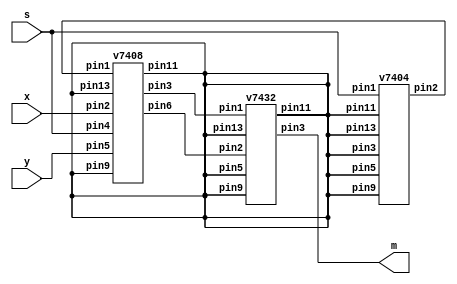
`timescale 1ns / 1ns // `timescale time_unit/time_precision

module mux2to1(x, y, s, m);
	input x; //select 0
    input y; //select 1
    input s; //select signal
    output m; //output
	 
	 wire w0, w1, w2;
	 
	 v7404 u0(s,,,,,,w0,,,,,);
	 v7408 u1(w0,w1,y,,,,x,s,w2,,,);
	 v7432 u2(w1,m,,,,,w2,,,,,);

endmodule

module v7404 (pin1, pin3, pin5, pin9, pin11, pin13, pin2, pin4, pin6, pin8,
pin10, pin12);
	input pin1, pin3, pin5, pin9, pin11, pin13;
	output pin2, pin4, pin6, pin8, pin10, pin12;
	
	assign pin2 = ~pin1;
	assign pin4 = ~pin3;
	assign pin6 = ~pin5;
	assign pin8 = ~pin9;
	assign pin10 = ~pin11;
	assign pin12 = ~pin13;

endmodule

module v7408 (pin1, pin3, pin5, pin9, pin11, pin13, pin2, pin4, pin6, pin8,
pin10, pin12);
	input pin1, pin2, pin4, pin5, pin9, pin10, pin12, pin13;
	output pin3, pin6, pin11, pin8;
	
	assign pin3 = pin1 & pin2;
	assign pin6 = pin4 & pin5;
	assign pin11 = pin12 & pin13;
	assign pin8 = pin9 & pin10;
	
endmodule

module v7432 (pin1, pin3, pin5, pin9, pin11, pin13, pin2, pin4, pin6, pin8,
pin10, pin12);
	input pin1, pin2, pin4, pin5, pin9, pin10, pin12, pin13;
	output pin3, pin6, pin11, pin8;
	
	assign pin3 = pin1 | pin2;
	assign pin6 = pin4 | pin5;
	assign pin11 = pin12 | pin13;
	assign pin8 = pin9 | pin10;

endmodule